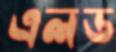
এলড